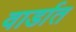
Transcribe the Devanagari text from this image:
वार्डात